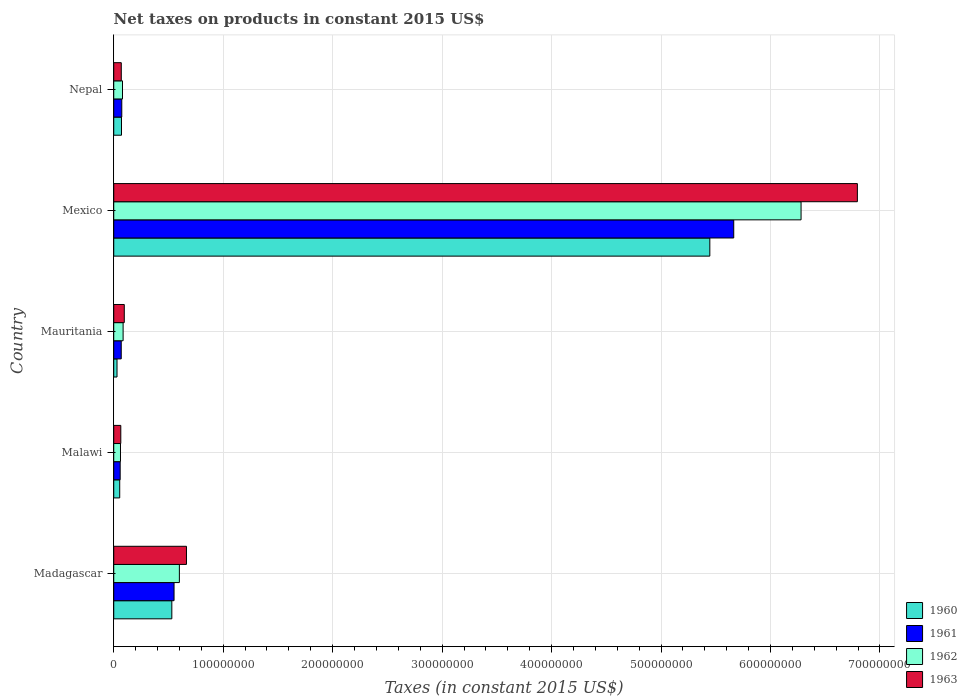
| Country | 1960 | 1961 | 1962 | 1963 |
 | --- | --- | --- | --- | --- |
 | Madagascar | 5.31e+07 | 5.51e+07 | 6e+07 | 6.64e+07 |
 | Malawi | 5.46e+06 | 5.88e+06 | 6.16e+06 | 6.44e+06 |
 | Mauritania | 3e+06 | 6.85e+06 | 8.56e+06 | 9.63e+06 |
 | Mexico | 5.45e+08 | 5.66e+08 | 6.28e+08 | 6.79e+08 |
 | Nepal | 7.09e+06 | 7.35e+06 | 8.01e+06 | 6.89e+06 |